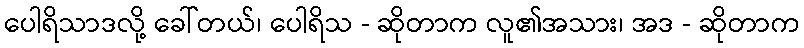
ပေါရိသာဒလို့ ခေါ်တယ်၊ ပေါရိသ - ဆိုတာက လူ၏အသား၊ အဒ - ဆိုတာက